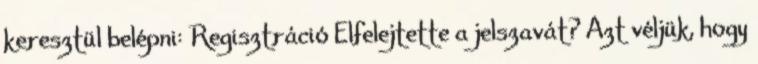
keresztül belépni: Regisztráció Elfelejtette a jelszavát? Azt véljük, hogy